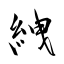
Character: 絏